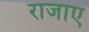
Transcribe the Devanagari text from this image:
राजाए